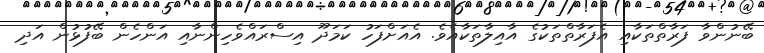
ބޭނުންވާ ފަރާތްތަކާއި އެފަރާތްތަކުގެ އާއިލާތަކާއެވެ. އެއަށްފަހު ކަމަދޫ އިސްރައްވެހިންނާއި އަންހެން ބޭފުޅުން އަދި